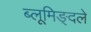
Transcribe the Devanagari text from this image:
ब्लूमिङ्दले